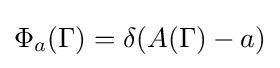
\Phi _{a}(\Gamma )=\delta (A(\Gamma )-a)